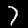
Digit: 7